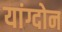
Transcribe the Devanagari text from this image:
यांग्दोन